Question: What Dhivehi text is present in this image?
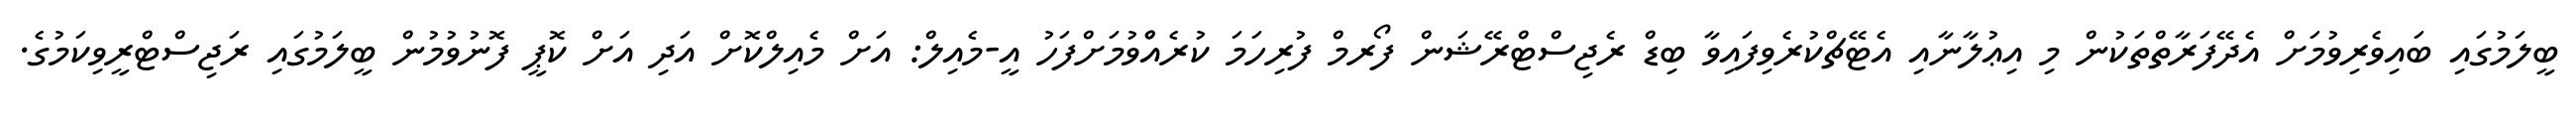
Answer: ބީލަމުގައި ބައިވެރިވުމަށް އެދޭފަރާތްތަކުން މި އިޢުލާނާއި އެޓޭޗްކުރެވިފައިވާ ބިޑް ރެޖިސްޓްރޭޝަން ފޯރމް ފުރިހަމަ ކުރެއްްވުމަށްފަހު އީ-މެއިލް: އަށް މެއިލްކޮށް އަދި އަށް ކޮޕީ ފޮނުވުމުން ބީލަމުގައި ރަޖިސްޓްރީވިކަމުގެ.